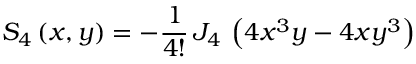
S _ { 4 } \left( x , y \right) = - \frac { 1 } { 4 ! } \, J _ { 4 } \, \left( 4 x ^ { 3 } y - 4 x y ^ { 3 } \right)